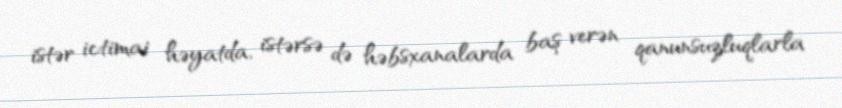
istər ictimai həyatda, istərsə də həbsxanalarda baş verən qanunsuzluqlarla